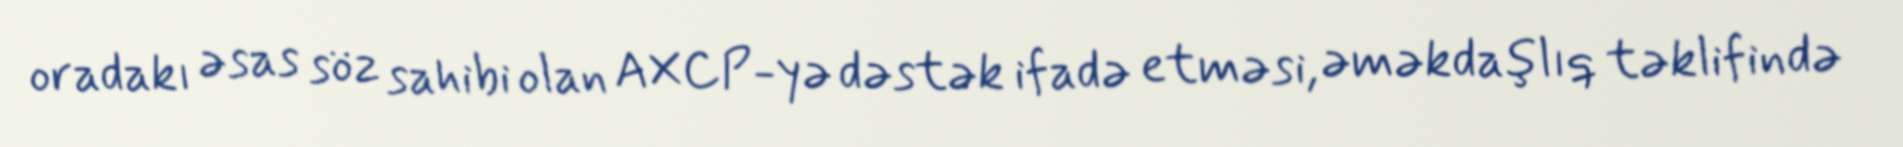
oradakı əsas söz sahibi olan AXCP-yə dəstək ifadə etməsi, əməkdaşlıq təklifində